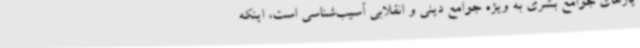
یازهای جوامع بشری به ویژه جوامع دینی و انقلابی آسیب‌شناسی است، اینکه